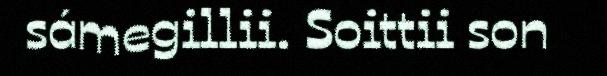
sámegillii. Soittii son